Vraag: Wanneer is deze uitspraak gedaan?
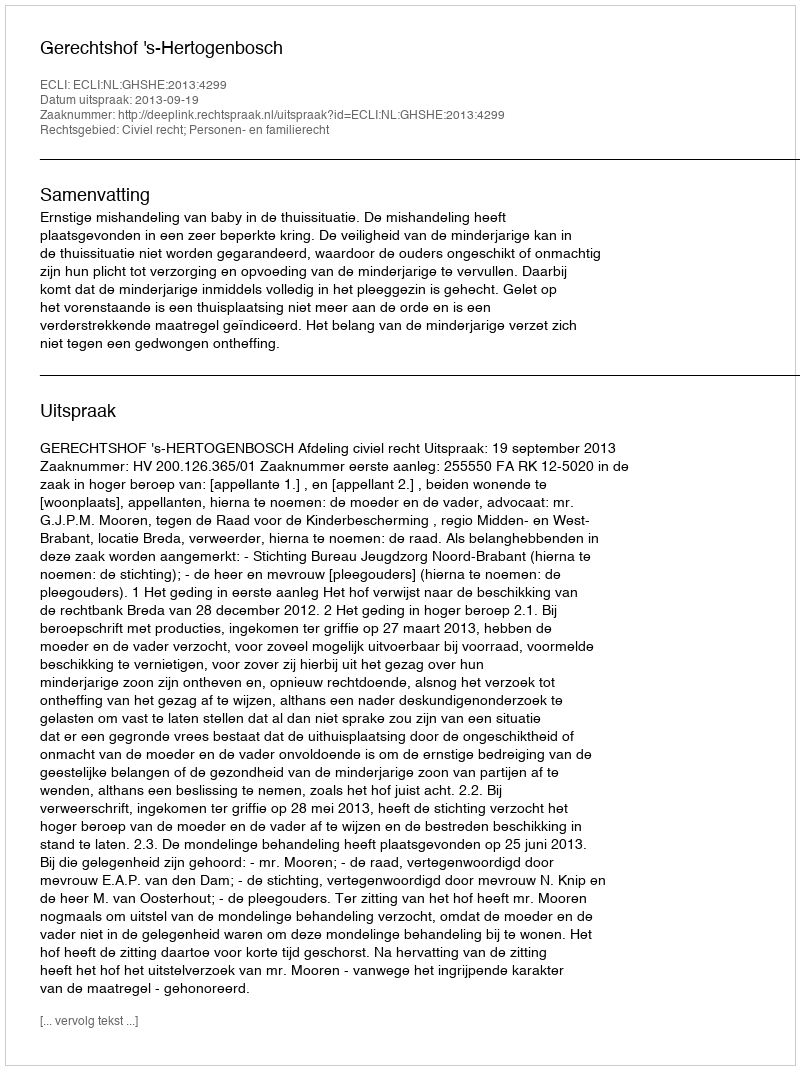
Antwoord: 2013-09-19